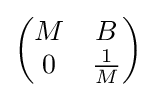
{\begin{pmatrix}M&B\\0&{\frac {1}{M}}\end{pmatrix}}